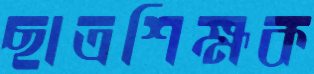
ছাত্রশিক্ষক